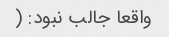
واقعا جالب نبود: (